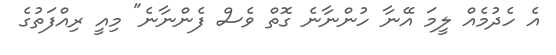
އެ ހެދުމެއް ލީމަ އޭނާ ހުންނާނެ ގޮތް ވެސް ފެންނާނެ" މިއީ ރިއްފަތުގެ